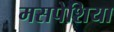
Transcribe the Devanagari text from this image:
मसपेशिया